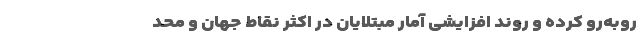
روبه‌رو کرده و روند افزایشی آمار مبتلایان در اکثر نقاط جهان و محد